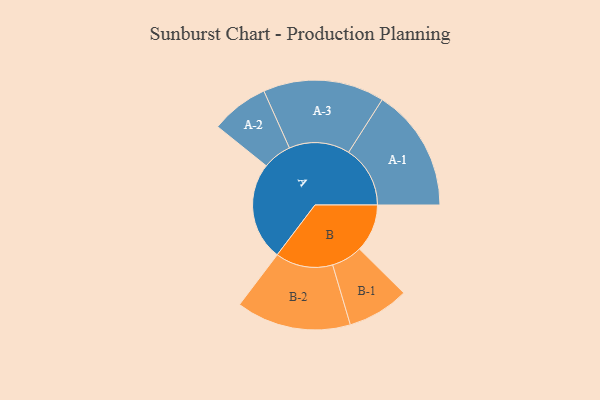
{"axis": {"x": "Segment", "y": "Value"}, "legend": ["", "A", "B"], "data": [{"x": "A", "y": 451, "type": ""}, {"x": "B", "y": 220, "type": ""}, {"x": "A-1", "y": 283, "type": "A"}, {"x": "A-2", "y": 133, "type": "A"}, {"x": "A-3", "y": 279, "type": "A"}, {"x": "B-1", "y": 142, "type": "B"}, {"x": "B-2", "y": 264, "type": "B"}]}